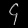
Digit: ၄